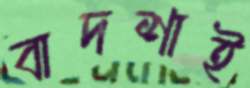
বাদশাই